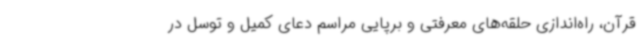
قرآن، راه‌اندازی حلقه‌های معرفتی و برپایی مراسم دعای کمیل و توسل در